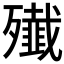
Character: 殱